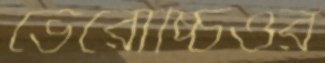
ভেরোচ্চিওর